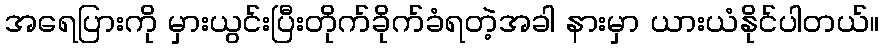
အရေပြားကို မှားယွင်းပြီးတိုက်ခိုက်ခံရတဲ့အခါ နားမှာ ယားယံနိုင်ပါတယ်။